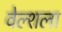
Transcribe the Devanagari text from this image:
वेल्शला